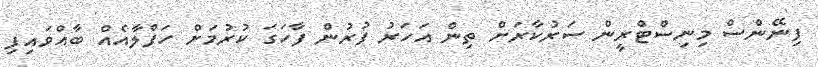
ފިނޭންސް މިނިސްޓްރީން ސަރުކާރަށް ތިން އަހަރު ފުރުން ފާހަގަ ކުރުމަށް ހަފްލާއެއް ބާއްވައިފި